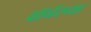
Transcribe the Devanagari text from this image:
वॉर्नरच्या